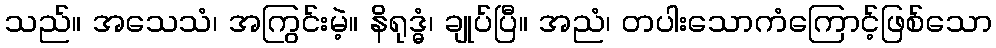
သည်။ အသေသံ၊ အကြွင်းမဲ့။ နိရုဒ္ဓံ၊ ချုပ်ပြီ။ အညံ၊ တပါးသောကံကြောင့်ဖြစ်သော